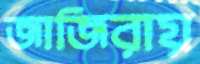
জাজিরায়